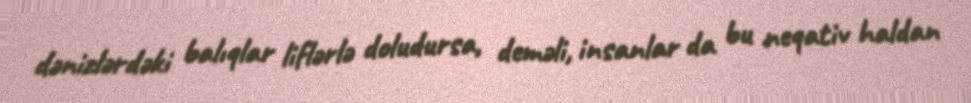
dənizlərdəki balıqlar liflərlə doludursa, deməli, insanlar da bu neqativ haldan